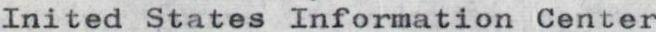
Inited States Information Center